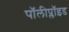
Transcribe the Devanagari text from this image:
पॉलीप्लॉइड